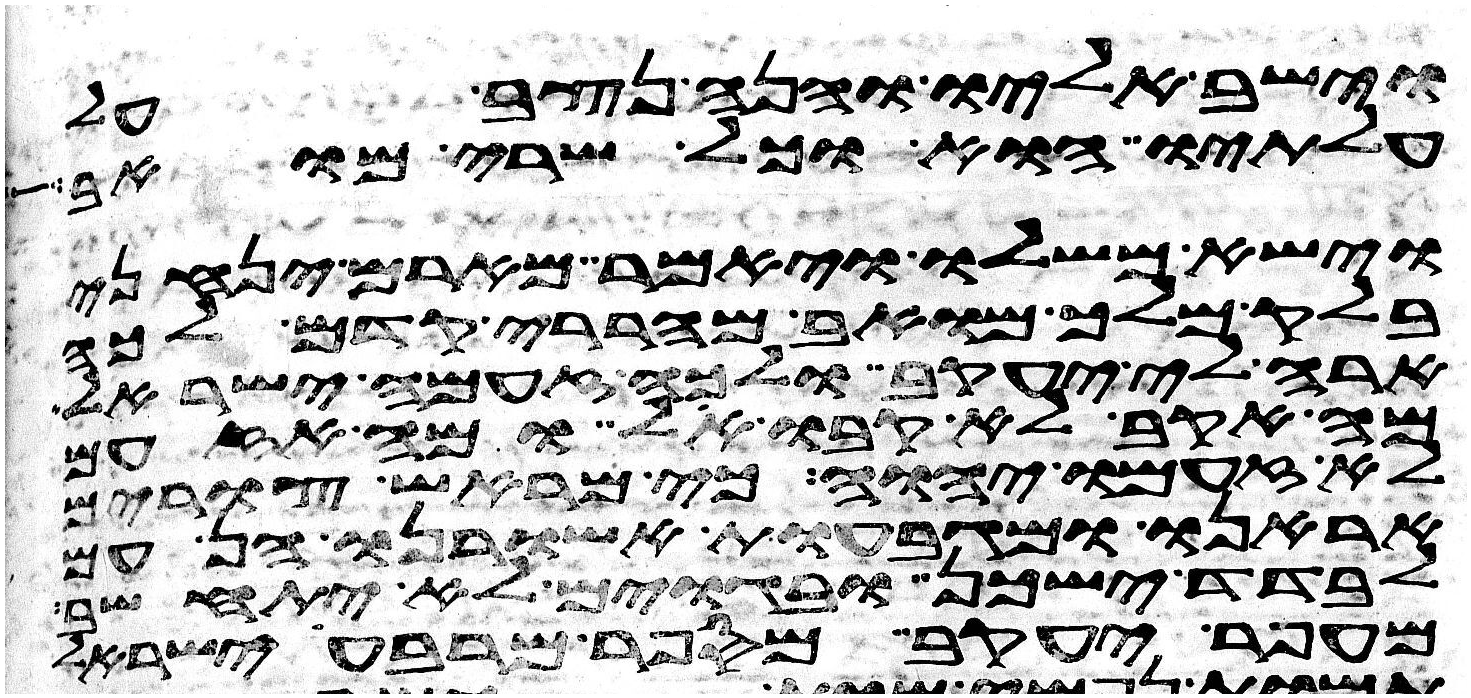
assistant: וישב אליו והנה נצב על
עלתיו הוא וכל שרי מואב
וישא משלו ויאמר מארם ינחני
בלק מלך מואב מהררי קדם לכה
ארה לי יעקב ולכה זעמה ישראל
מה אקב לא קבו אל ומה אזעם
לא זעם יהוה כי מראש צורים
אראנו ומגבעות אשורנו הן עם
לבדד ישכן ובגוים לא יתחשב
עפר יעקב ומי ספר מרבע ישראל